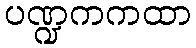
ပဏ္ဍကကထာ